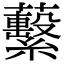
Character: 蘻